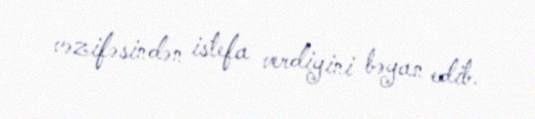
vəzifəsindən istefa verdiyini bəyan edib.